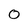
Character: 0